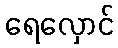
ရေလှောင်